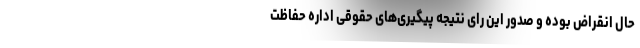
حال انقراض بوده و صدور این رای نتیجه پیگیری‌های حقوقی اداره حفاظت